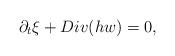
LaTeX: \begin{align*}\partial_t \xi + Div(hw)=0,\end{align*}